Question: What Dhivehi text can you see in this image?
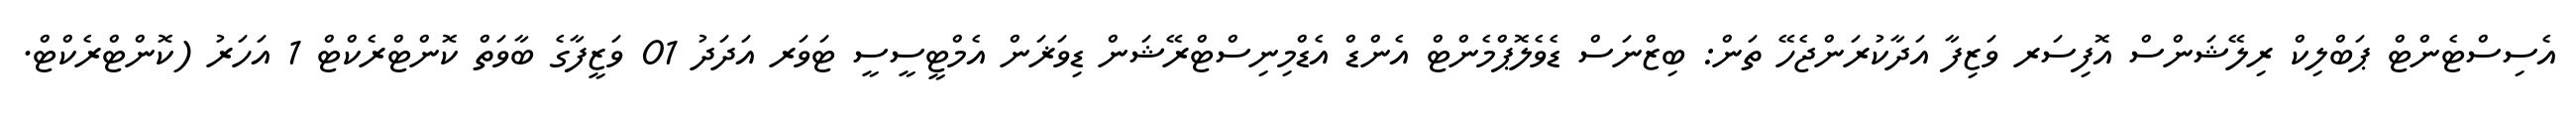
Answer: އެސިސްޓެންޓް ޕަބްލިކް ރިލޭޝަންސް އޮފިސަރ ވަޒިފާ އަދާކުރަންޖެހޭ ތަން: ބިޒްނަސް ޑެވެލޮޕްމެންޓް އެންޑް އެޑްމިނިސްޓްރޭޝަން ޑިވަޜަން އެމްޓީސީސީ ޓަވަރ އަދަދު 01 ވަޒީފާގެ ބާވަތް ކޮންޓްރެކްޓް 1 އަހަރު (ކޮންޓްރެކްޓް.